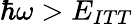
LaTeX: \hbar\omega>E_{ITT}